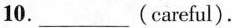
10.___(careful).